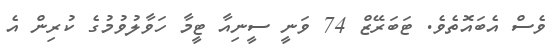
ވެސް އެބައޮތެވެ. ޓަބަރޭޒް 74 ވަނީ ސީނިއާ ޓީމާ ހަވާލުވުމުގެ ކުރިން އެ